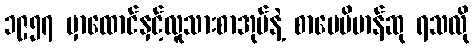
၁၉၅၇ မှာထောင်နှင့်လူသားစာအုပ်နဲ့ စာပေဗိမာန်ဆု ရသလို